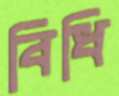
বিধি